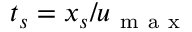
t _ { s } = x _ { s } / u _ { \mathrm { ~ m ~ a ~ x ~ } }